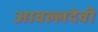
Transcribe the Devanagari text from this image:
आवल्लदेवी